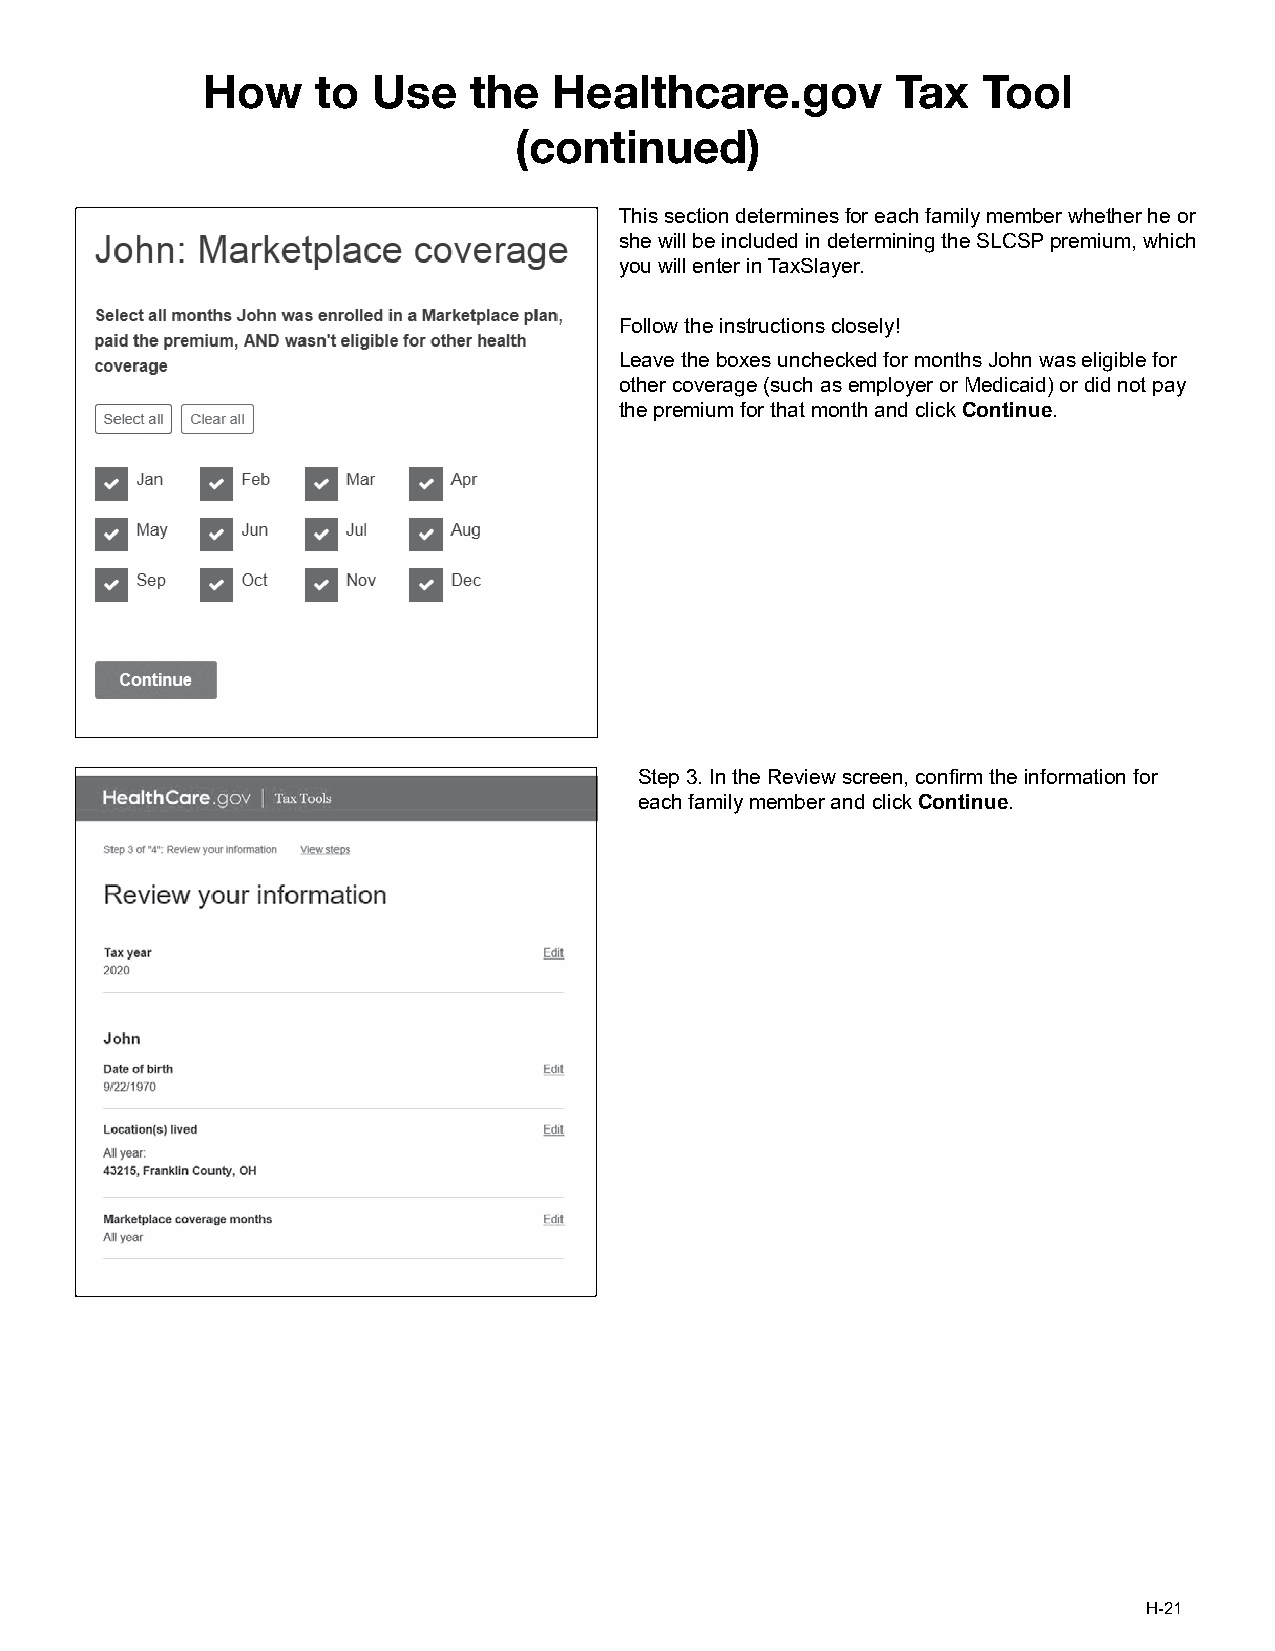
How     to  Use   the   Healthcare.gov        Tax   Tool
 (continued)
 This section determines for each family member whether he or
 she will be included in determining the SLCSP premium, which
 you will enter in TaxSlayer.
 Follow the instructions closely!
 Leave the boxes unchecked for months John was eligible for
 other coverage (such as employer or Medicaid) or did not pay
 the premium for that month and click Continue.
 Step 3. In the Review screen, confirm the information for
 each family member and click Continue.
 H-21